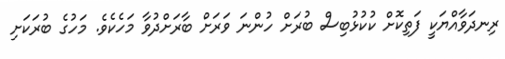
ރިނދަވާއްޔަކީ ފަތިކޮށް ކުކުޅުބިސް ބުރަށް ހުންނަ ވަރަށް ބާރަށްދުވާ މަހެކެވެ. މަހުގެ ބުރަކަށި